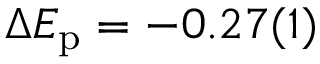
\Delta E _ { \mathrm { p } } = - 0 . 2 7 ( 1 )